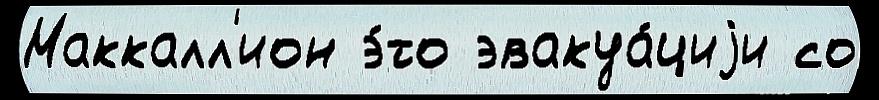
Маккалл'ион э́то эвакуа́циjи со